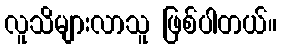
လူသိများလာသူ ဖြစ်ပါတယ်။